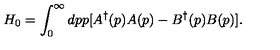
H _ { 0 } = \int _ { 0 } ^ { \infty } d p p [ A ^ { \dag } ( p ) A ( p ) - B ^ { \dag } ( p ) B ( p ) ] .